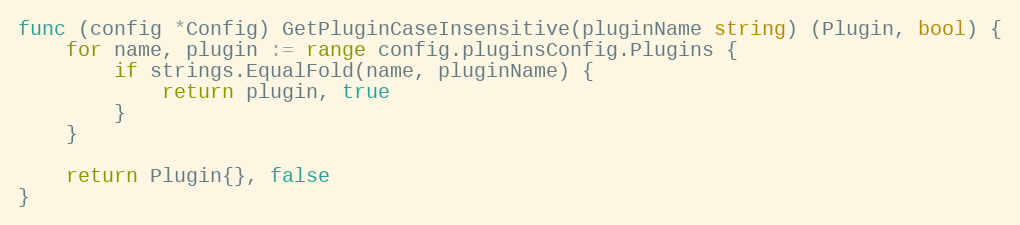
Language: Go
func (config *Config) GetPluginCaseInsensitive(pluginName string) (Plugin, bool) {
	for name, plugin := range config.pluginsConfig.Plugins {
		if strings.EqualFold(name, pluginName) {
			return plugin, true
		}
	}

	return Plugin{}, false
}